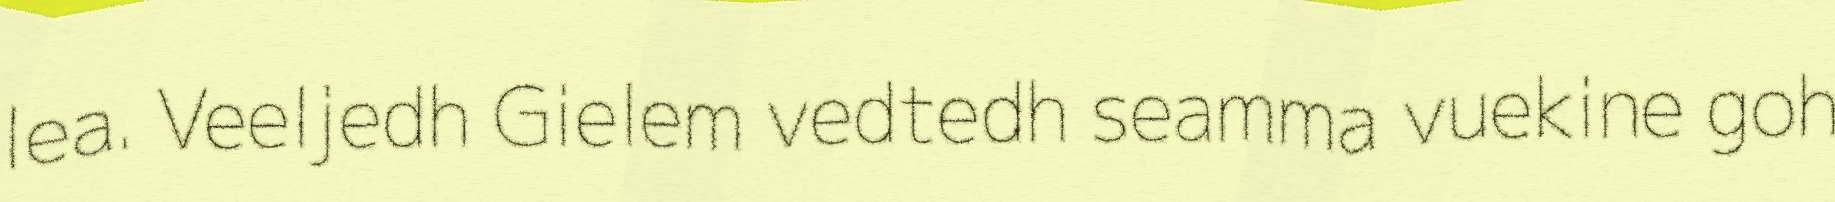
lea. Veeljedh Gielem vedtedh seamma vuekine goh